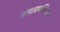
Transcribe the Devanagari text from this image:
नाकाबलियत